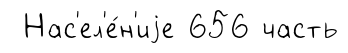
Нас'ел'е́н'иjе 656 часть